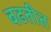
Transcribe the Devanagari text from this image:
बढतीत